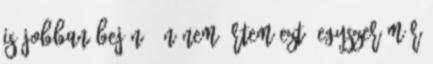
is jobban bejön. Én nem értem ezt, egyszer már